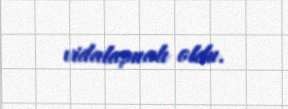
vidalaşmalı oldu.